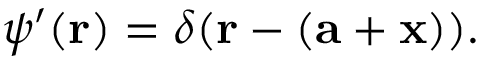
\psi ^ { \prime } ( \mathbf { r } ) = \delta ( \mathbf { r } - ( \mathbf { a } + \mathbf { x } ) ) .